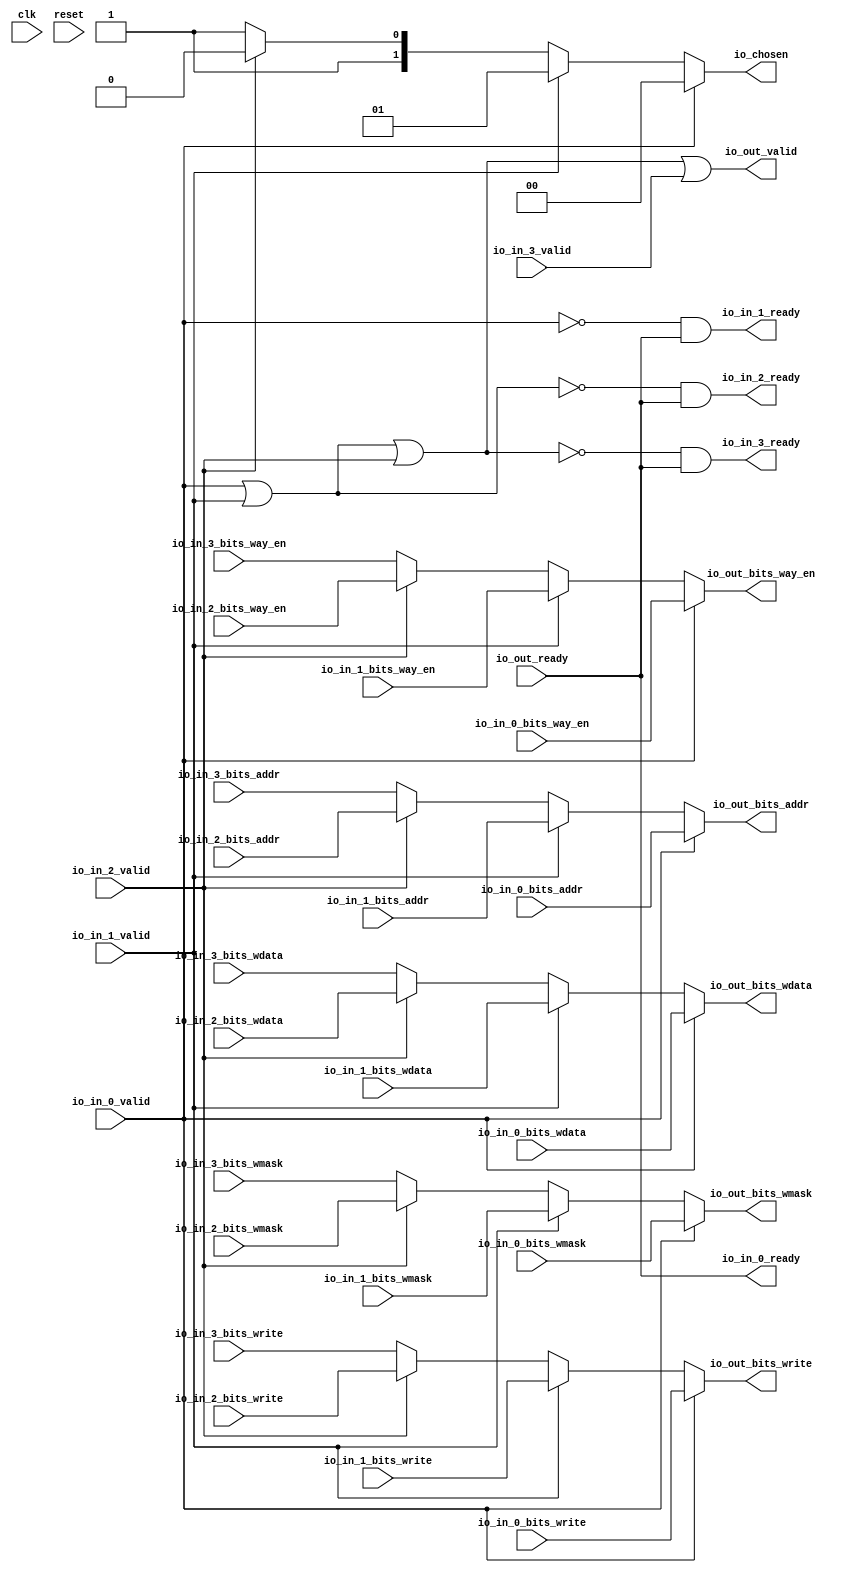
module PROC_SUBSYSTEM_CORERISCV_AXI4_0_CORERISCV_AXI4_ARBITER_2(
  input   clk,
  input   reset,
  output  io_in_0_ready,
  input   io_in_0_valid,
  input  [12:0] io_in_0_bits_addr,
  input   io_in_0_bits_write,
  input  [63:0] io_in_0_bits_wdata,
  input  [7:0] io_in_0_bits_wmask,
  input   io_in_0_bits_way_en,
  output  io_in_1_ready,
  input   io_in_1_valid,
  input  [12:0] io_in_1_bits_addr,
  input   io_in_1_bits_write,
  input  [63:0] io_in_1_bits_wdata,
  input  [7:0] io_in_1_bits_wmask,
  input   io_in_1_bits_way_en,
  output  io_in_2_ready,
  input   io_in_2_valid,
  input  [12:0] io_in_2_bits_addr,
  input   io_in_2_bits_write,
  input  [63:0] io_in_2_bits_wdata,
  input  [7:0] io_in_2_bits_wmask,
  input   io_in_2_bits_way_en,
  output  io_in_3_ready,
  input   io_in_3_valid,
  input  [12:0] io_in_3_bits_addr,
  input   io_in_3_bits_write,
  input  [63:0] io_in_3_bits_wdata,
  input  [7:0] io_in_3_bits_wmask,
  input   io_in_3_bits_way_en,
  input   io_out_ready,
  output  io_out_valid,
  output [12:0] io_out_bits_addr,
  output  io_out_bits_write,
  output [63:0] io_out_bits_wdata,
  output [7:0] io_out_bits_wmask,
  output  io_out_bits_way_en,
  output [1:0] io_chosen
);
  wire [1:0] GEN_0;
  wire [12:0] GEN_1;
  wire  GEN_2;
  wire [63:0] GEN_3;
  wire [7:0] GEN_4;
  wire  GEN_5;
  wire [1:0] GEN_6;
  wire [12:0] GEN_7;
  wire  GEN_8;
  wire [63:0] GEN_9;
  wire [7:0] GEN_10;
  wire  GEN_11;
  wire [1:0] GEN_12;
  wire [12:0] GEN_13;
  wire  GEN_14;
  wire [63:0] GEN_15;
  wire [7:0] GEN_16;
  wire  GEN_17;
  wire  T_2025;
  wire  T_2026;
  wire  T_2028;
  wire  T_2030;
  wire  T_2032;
  wire  T_2034;
  wire  T_2035;
  wire  T_2036;
  wire  T_2038;
  wire  T_2039;
  assign io_in_0_ready = io_out_ready;
  assign io_in_1_ready = T_2034;
  assign io_in_2_ready = T_2035;
  assign io_in_3_ready = T_2036;
  assign io_out_valid = T_2039;
  assign io_out_bits_addr = GEN_13;
  assign io_out_bits_write = GEN_14;
  assign io_out_bits_wdata = GEN_15;
  assign io_out_bits_wmask = GEN_16;
  assign io_out_bits_way_en = GEN_17;
  assign io_chosen = GEN_12;
  assign GEN_0 = io_in_2_valid ? 2'h2 : 2'h3;
  assign GEN_1 = io_in_2_valid ? io_in_2_bits_addr : io_in_3_bits_addr;
  assign GEN_2 = io_in_2_valid ? io_in_2_bits_write : io_in_3_bits_write;
  assign GEN_3 = io_in_2_valid ? io_in_2_bits_wdata : io_in_3_bits_wdata;
  assign GEN_4 = io_in_2_valid ? io_in_2_bits_wmask : io_in_3_bits_wmask;
  assign GEN_5 = io_in_2_valid ? io_in_2_bits_way_en : io_in_3_bits_way_en;
  assign GEN_6 = io_in_1_valid ? 2'h1 : GEN_0;
  assign GEN_7 = io_in_1_valid ? io_in_1_bits_addr : GEN_1;
  assign GEN_8 = io_in_1_valid ? io_in_1_bits_write : GEN_2;
  assign GEN_9 = io_in_1_valid ? io_in_1_bits_wdata : GEN_3;
  assign GEN_10 = io_in_1_valid ? io_in_1_bits_wmask : GEN_4;
  assign GEN_11 = io_in_1_valid ? io_in_1_bits_way_en : GEN_5;
  assign GEN_12 = io_in_0_valid ? 2'h0 : GEN_6;
  assign GEN_13 = io_in_0_valid ? io_in_0_bits_addr : GEN_7;
  assign GEN_14 = io_in_0_valid ? io_in_0_bits_write : GEN_8;
  assign GEN_15 = io_in_0_valid ? io_in_0_bits_wdata : GEN_9;
  assign GEN_16 = io_in_0_valid ? io_in_0_bits_wmask : GEN_10;
  assign GEN_17 = io_in_0_valid ? io_in_0_bits_way_en : GEN_11;
  assign T_2025 = io_in_0_valid | io_in_1_valid;
  assign T_2026 = T_2025 | io_in_2_valid;
  assign T_2028 = io_in_0_valid == 1'h0;
  assign T_2030 = T_2025 == 1'h0;
  assign T_2032 = T_2026 == 1'h0;
  assign T_2034 = T_2028 & io_out_ready;
  assign T_2035 = T_2030 & io_out_ready;
  assign T_2036 = T_2032 & io_out_ready;
  assign T_2038 = T_2032 == 1'h0;
  assign T_2039 = T_2038 | io_in_3_valid;
endmodule